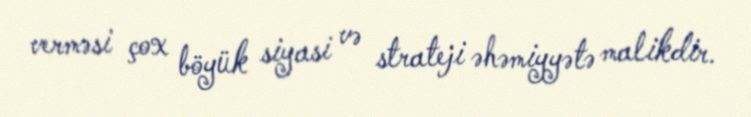
verməsi çox böyük siyasi və strateji əhəmiyyətə malikdir.